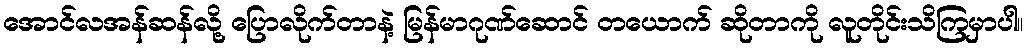
အောင်လအန်ဆန်လို့ ပြောလိုက်တာနဲ့ မြန်မာဂုဏ်ဆောင် တယောက် ဆိုတာကို လူတိုင်းသိကြမှာပါ။